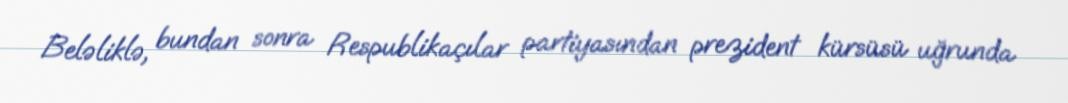
Beləliklə, bundan sonra Respublikaçılar partiyasından prezident kürsüsü uğrunda